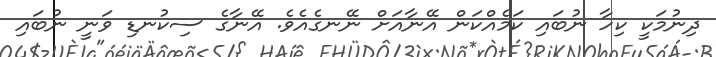
ދިނުމަކީ ކިހާ ނުބައި ކަމެއްކަން އޭނާއަށް ނޭނގެއެވެ. އޭނާގެ ސިކުނޑި ވަނީ ނުބައި